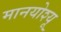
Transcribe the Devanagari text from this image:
मानयोश्यू